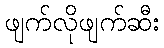
ဖျက်လိုဖျက်ဆီး